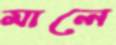
মালে